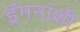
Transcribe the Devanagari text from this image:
ड्रॅगनांशी